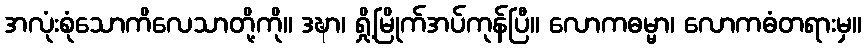
အလုံးစုံသောကိလေသာတို့ကို။ ဒဍ္ဎာ၊ ရှို့မြိုက်အပ်ကုန်ပြီ။ လောကဓမ္မာ၊ လောကဓံတရားမှ။